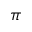
\pi